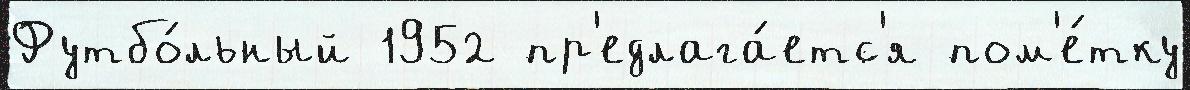
Футбо́льный 1952 пр'едлага́етс'я пом'е́тку